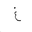
Letter: _gayn